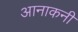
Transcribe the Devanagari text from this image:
आनाकनी